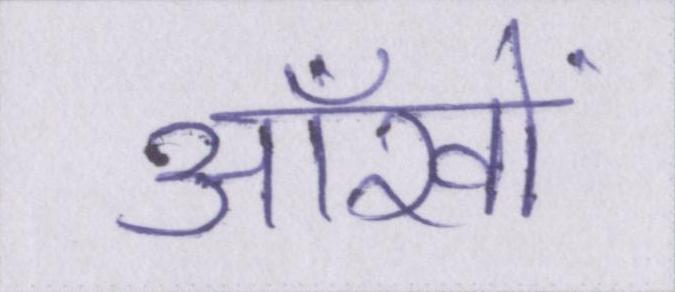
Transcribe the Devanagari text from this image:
आँखों